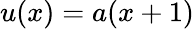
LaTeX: u(x)=a(x+1)